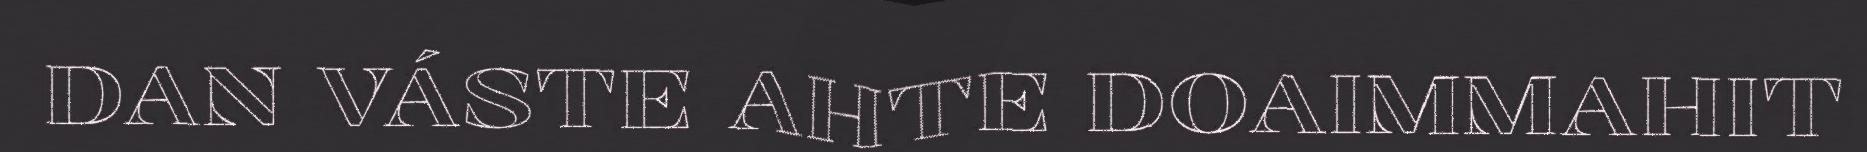
DAN VÁSTE AHTE DOAIMMAHIT